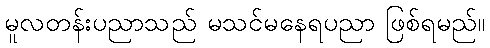
မူလတန်းပညာသည် မသင်မနေရပညာ ဖြစ်ရမည်။